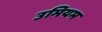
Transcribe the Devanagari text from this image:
उमियम